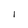
Character: l